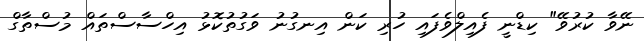
ނޭވާ ކުރުވޭ" ކިޑްނީ ފެއިލްވެފައި ހުރި ކަން އިނގުނު ވަގުތުކޮޅު އިހްސާސްތައް މުސްތާގް